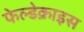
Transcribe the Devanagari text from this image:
फेल्डेक्राइस